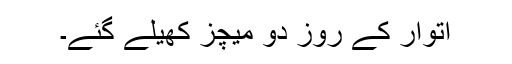
اتوار کے روز دو میچز کھیلے گئے۔